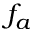
f _ { a }